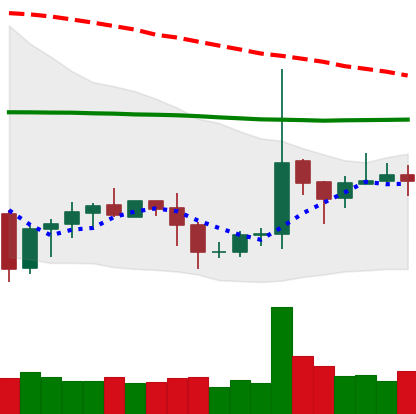
Ticker: EOS-USD
Chart end date: 2020-10-12
Forward return: -4.405%
Label: down_3_5